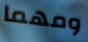
ومهما